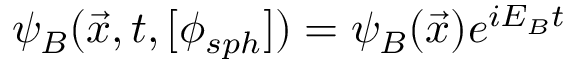
\psi _ { B } ( { \vec { x } } , t , [ \phi _ { s p h } ] ) = \psi _ { B } ( \vec { x } ) e ^ { i E _ { B } t }